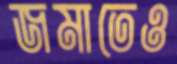
জমাতেও